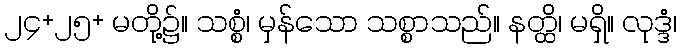
၂၄+၂၅+ မတို့၌။ သစ္စံ၊ မှန်သော သစ္စာသည်။ နတ္ထိ၊ မရှိ။ လုဒ္ဒံ၊